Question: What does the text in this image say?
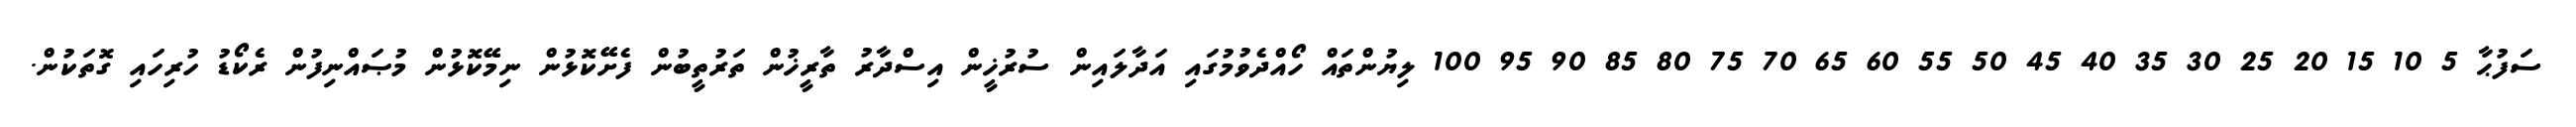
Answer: ސަފުޙާ 5 10 15 20 25 30 35 40 45 50 55 60 65 70 75 80 85 90 95 100 ލިޔުންތައް ހޯއްދެވުމުގައި އަދާލައިން ސުރުޚީން އިސްދާރު ތާރީޚުން ތަރުތީބުން ފެށޭކޮޅުން ނިމޭކޮޅުން މުޞައްނިފުން ރެކޯޑު ހުރިހައި ގޮތަކުން.